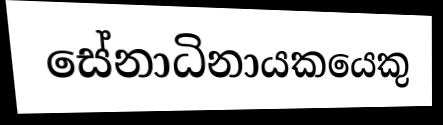
සේනාධිනායකයෙකු